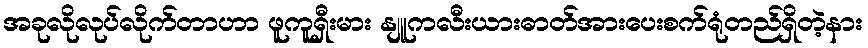
အခုလိုလုပ်လိုက်တာဟာ ဖူကူရှီးမား နျူကလီးယားဓာတ်အားပေးစက်ရုံတည်ရှိတဲ့နား